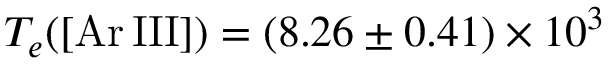
T _ { e } ( \mathrm { [ A r \, I I I ] } ) = ( 8 . 2 6 \pm 0 . 4 1 ) \times 1 0 ^ { 3 }